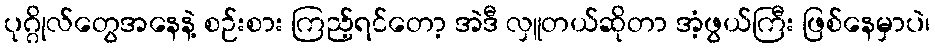
ပုဂ္ဂိုလ်တွေအနေနဲ့ စဉ်းစား ကြည့်ရင်တော့ အဲဒီ လှူတယ်ဆိုတာ အံ့ဖွယ်ကြီး ဖြစ်နေမှာပဲ၊